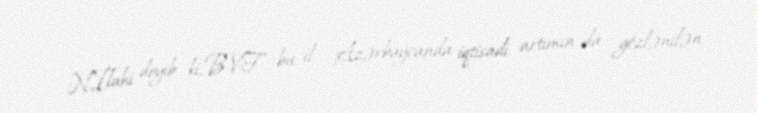
N.İlahi deyib ki, BVF bu il Azərbaycanda iqtisadi artımın da gözlənilən